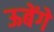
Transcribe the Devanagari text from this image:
ऊबेंगे